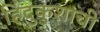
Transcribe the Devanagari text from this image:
हिंदुकुशाची